Leaving Certificate Examination, 1909
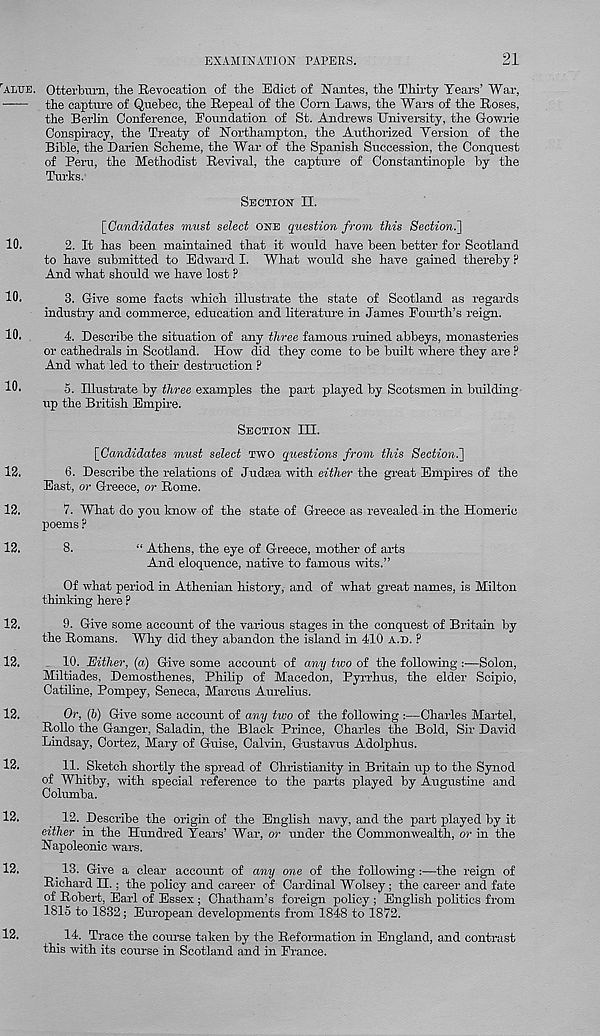
EXAMINATION PAPERS.
21
r ALRE.
10.
10.
10.
10.
12.
12.
12.
12.
12.
12.
12.
12.
12.
12.
Otterbuiu, the Revocation ot the Edict of Nantes, the Thirty Years’ War,
the capture of Quebec, the Repeal of the Com Laws, the Wars of the Roses,
the Berlin Conference, Foundation of St. Andrews University, the Cowrie
Conspiracy, the Treaty of Northampton, the Authorized Yersion of the
Bible, the Darien Scheme, the War of the Spanish Succession, the Conquest
of Pern, the Methodist Revival, the capture of Constantinople by the
Turks.
SECTION II.
[Candidates must select ONE question from this Section.']
2. It has been maintained that it would have been better for Scotland
to have submitted to Edward I. What would she have gained thereby ?
And what should we have lost P
3. Give some facts which illustrate the state of Scotland as regards
industry and commerce, education and literature in James Fourth’s reign.
4. Describe the situation of any three famous ruined abbeys, monasteries
or cathedrals in Scotland. How did they come to be built where they are P
And what led to their destruction ?
5. Illustrate by three examples the part played by Scotsmen in building-
up the British Empire.
SECTION III.
[Candidates must select TWO questions from this Section.]
6. Describe the relations of Judsea with either the great Empires of the
East, or Greece, or Rome.
7. What do you know of the state of Greece as revealed in the tlomeric
poems ?
8.
“ Athens, the eye of Greece, mother of arts
And eloquence, native to famous wits.”
Of what period in Athenian history, and of what great names, is Milton
thinking here ?
9. Give some account of the various stages in the conquest of Britain by
the Romans. Why did they abandon the island in 410 A.D. ?
10. Either, (a) Give some account of any two of the following :—Solon,
Miltiades, Demosthenes, Philip of Macedon, Pyrrhus, the elder Scipio,
Catiline, Pompey, Seneca, Marcus Aurelius.
Or, (b) Give some account of any two of the following :—Charles Martel,
Rollo the Ganger, Saladin, the Black Prince, Charles the Bold, Sir David
Lindsay, Cortez, Mary of Guise, Calvin, Gustavus Adolphus.
11. Sketch shortly the spread of Christianity in Britain up to the Synod
of Whitby, with special reference to the parts played by Augustine and
Columba.
12. Describe the origin of the English navy, and the part played by it
either in the Hundi-ed Years’ War, or under the Commonwealth, or in the
Napoleonic wars.
_ 13. Give a clear account of any one of the following :—the reign of
Richard II.; the policy and career of Cardinal Wolsey; the career and fate
of Robert, Earl of Essex f Chatham’s foreign policy ; English politics from
1815 to 1832; European developments from 1848 to 1872.
_ 14. Trace the course taken by the Reformation in England, and contrast
this with its course in Scotland and in France.